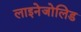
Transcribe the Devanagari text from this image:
लाइनेजोलिड